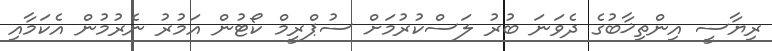
ރިޔާސީ އިންތިޚާބުގެ ދެވަނަ ބުރު ލަސްކުރުމަށް ސުޕްރީމް ކޯޓުން އަމުރު ނެރުމުން އެކަމާއި